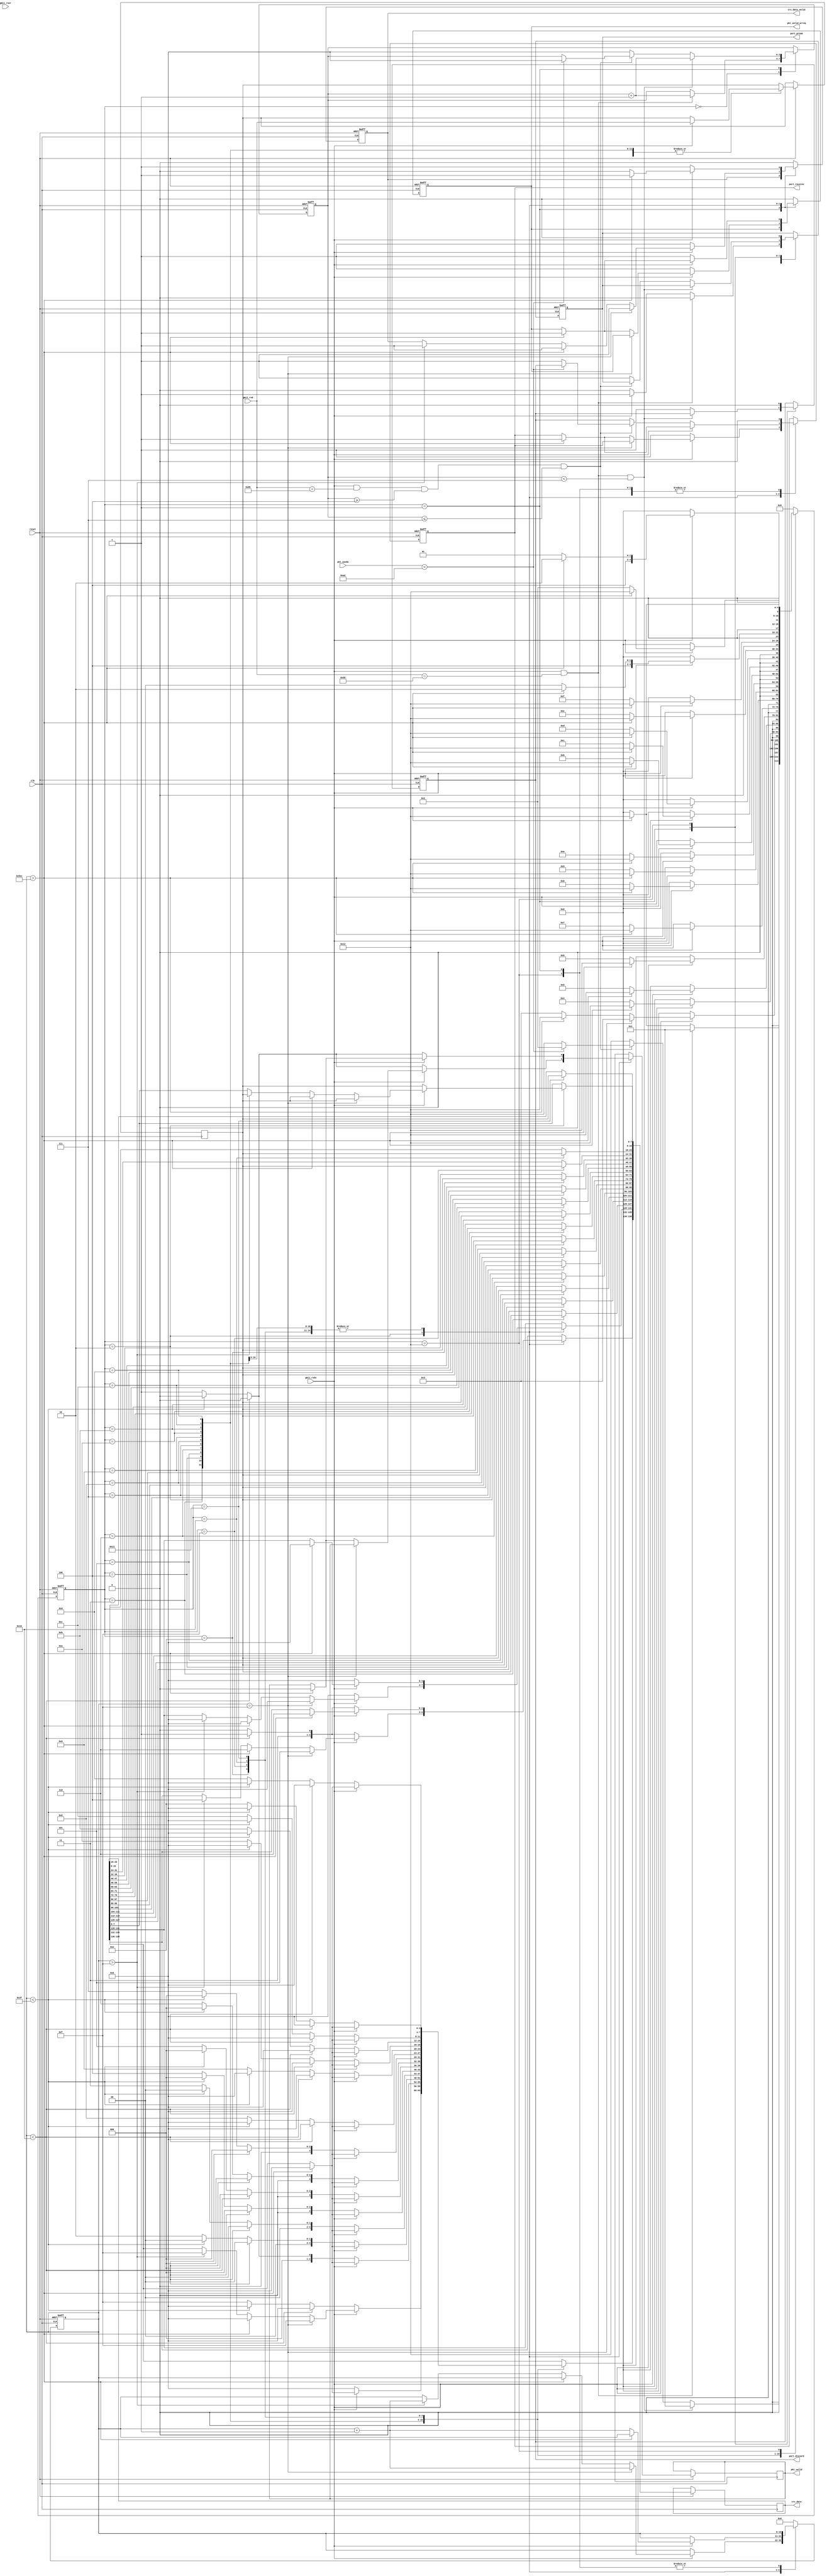
//GMII interface:1 byte to 139bits data,output to crc;
//by jzc 20101020;
`timescale 1ns/1ns
module gmii_139_1000(
   clk,
   reset,
   
   gmii_rxd,
   gmii_rxdv,
   gmii_rxer,
   
   crc_data_valid,
   crc_data,
   pkt_usedw,
   
   pkt_valid_wrreq,
   pkt_valid,
   
   port_receive,
   port_discard,
   port_pream
 );
   input reset;
   input clk;
   input [7:0] gmii_rxd;//from rgmii_gmii module;
   input gmii_rxdv;
   input gmii_rxer;
   
   output crc_data_valid;//to data fifo(crc check module);
   output [138:0] crc_data;
   input [7:0]pkt_usedw;
   
   output port_receive;
   output port_discard;
   output port_pream;
   output pkt_valid_wrreq;//a full pkt,to flag fifo;
   output pkt_valid;//
   
   reg crc_data_valid;
   reg [138:0] crc_data;
   
   reg pkt_valid_wrreq;
   reg pkt_valid;
   reg port_receive;
   reg port_discard;
   reg port_pream;
   
   reg [7:0] data_reg;//GMII
   reg [10:0] counter;//139
   reg [3:0] counter_preamble;//
   
   reg [5:0] current_state;
 parameter idle=6'h0,
           preamble=6'h01,  
           
           byte1=6'h02,
           byte2=6'h03,
           byte3=6'h04,
           byte4=6'h05,
           byte5=6'h06,
           byte6=6'h07,
           byte7=6'h08,
           byte8=6'h09,
           byte9=6'h0a,
           byte10=6'h0b,
           byte11=6'h0c,
           byte12=6'h0d,
           byte13=6'h0e,
           byte14=6'h0f,
           byte15=6'h10,
           byte16=6'h11,
           discard=6'h12;
           

           
 always@(posedge clk or negedge reset) 
   if(!reset)
      begin
          crc_data_valid<=1'b0;
          counter<=11'b0;
          counter_preamble<=4'b0;
          pkt_valid_wrreq<=1'b0;
          port_receive<=1'b0;
          port_discard<=1'b0;
          port_pream<=1'b0;
          
          current_state<=idle;
      end
   else
      begin
          case(current_state)
             idle:
                 begin
                     crc_data_valid<=1'b0;
                     pkt_valid_wrreq<=1'b0;
                     counter<=11'b0;
                     port_pream<=1'b0;
                     port_receive<=1'b0;
                     if((gmii_rxdv==1'b1)&&(gmii_rxd==8'h55))
                         begin
                             counter_preamble<=counter_preamble+1'b1;

                             current_state<=preamble;
                         end
                     else if(gmii_rxdv==1'b1)
                       begin
                         port_pream<=1'b1;
                         current_state<=discard;
                       end
                    else
                       current_state<=idle;
                 end
             preamble:
                 begin
                     port_receive<=1'b0;
                     if((gmii_rxdv==1'b1)&&(gmii_rxd==8'h55)&&(counter_preamble<4'h7))
                       begin
                           counter_preamble<=counter_preamble+1'b1;
                           
                           current_state<=preamble;
                       end
                     else if((gmii_rxdv==1'b1)&&(gmii_rxd==8'hd5)&&(counter_preamble >= 4'h4)&&(counter_preamble<=4'h7))/////gmii_rxd==8'hd5 
                       begin
                         if(pkt_usedw<8'd162)//data fifo can save a full pkt;
                           begin
                             counter_preamble<=4'b0;
                             
                             current_state<=byte1;
                           end
                         else//data fifo can't save a full pkt,so discard;
                          begin
                             port_discard<=1'b1;
                             
                             current_state<=discard;
                          end
                       end
                     else
                       begin
                           counter_preamble<=4'b0;
                           port_pream<=1'b1;
                           
                           current_state<=discard;
                       end
                 end
             byte1:
                 begin
                      if(gmii_rxdv==1'b1)
                        begin
                            data_reg<=gmii_rxd;
                            if(counter==11'd15)//the first 139bits;
                              begin
                                  crc_data_valid<=1'b1;
                                  crc_data[138:136]<=3'b101;
                                  crc_data[135:132]<=4'b1111;
                                  crc_data[131:128]<=4'b0;
                                  crc_data[7:0]<=data_reg;
                                  counter<=counter+1'b1;
                                  
                                  current_state<=byte2;
                              end
                            else if(counter>11'd1516)//long pkt,write tail and discard;
                              begin
                                crc_data_valid<=1'b1;
                                crc_data[7:0]<=data_reg;
                                crc_data[138:136]<=3'b110;
                                crc_data[135:132]<=4'b0;
                                crc_data[131:128]<=4'b0;
                                pkt_valid_wrreq<=1'b1;
                                pkt_valid<=1'b0;
                                port_receive<=1'b1;
                                
                                current_state<=discard;
                              end
                            else if(counter>11'd15)//the middle;
                              begin
                                  crc_data_valid<=1'b1;
                                  crc_data[138:136]<=3'b100;
                                  crc_data[135:132]<=4'b1111;
                                  crc_data[131:128]<=4'b0;
                                  crc_data[7:0]<=data_reg;
                                  counter<=counter+1'b1;
                                  
                                  current_state<=byte2;
                              end
                            else
                              current_state<=byte2;
                        end
                      else//end of pkt;
                        begin
                            crc_data_valid<=1'b1;
                            crc_data[7:0]<=data_reg;
                            if(counter<11'd16)//the short pkt,only one clock data;
                              begin
                                crc_data[138:136]<=3'b111;
                                crc_data[135:132]<=4'b0;
                                crc_data[131:128]<=4'b0;
                                pkt_valid_wrreq<=1'b1;
                                pkt_valid<=1'b0;
                                port_receive<=1'b1;
                              end
                            else if(counter<11'd63)//the short pkt,only one clock data;
                              begin
                                crc_data[138:136]<=3'b110;
                                crc_data[135:132]<=4'b0;
                                crc_data[131:128]<=4'b0;
                                pkt_valid_wrreq<=1'b1;
                                pkt_valid<=1'b0;
                                port_receive<=1'b1;
                              end
                            else//normal pkt;
                              begin
                                crc_data[138:136]<=3'b110;
                                crc_data[135:132]<=4'b1111;
                                crc_data[131:128]<=4'b0;
                                pkt_valid_wrreq<=1'b1;
                                pkt_valid<=1'b1;
                                port_receive<=1'b1;
                              end
                            current_state<=idle;
                        end
                 end//end byte1;
             byte2:
                 begin
                     crc_data_valid<=1'b0;
                     if(gmii_rxdv==1'b1)
                       begin
                           crc_data[127:120]<=data_reg;
                           data_reg<=gmii_rxd;
                           if(counter>11'd1516)//long pkt,write tail and discard;
                              begin
                                crc_data_valid<=1'b1;
                                crc_data[138:136]<=3'b110;
                                crc_data[135:132]<=4'b0;
                                crc_data[131:128]<=4'b0;
                                pkt_valid_wrreq<=1'b1;
                                pkt_valid<=1'b0;
                                port_receive<=1'b1;
                                
                                current_state<=discard;
                              end
                            else
                              begin
                                counter<=counter+1'b1;
                           
                                current_state<=byte3;
                              end
                       end
                     else
                       begin
                           crc_data_valid<=1'b1;
                           crc_data[127:120]<=data_reg;
                           if(counter<11'd16)//the short pkt,only one clock data;
                              begin
                                crc_data[138:136]<=3'b111;
                                crc_data[135:132]<=4'b0;
                                crc_data[131:128]<=4'b0;
                                pkt_valid_wrreq<=1'b1;
                                pkt_valid<=1'b0;
                                port_receive<=1'b1;
                              end
                            else if(counter<11'd63)//the short pkt,only one clock data;
                              begin
                                crc_data[138:136]<=3'b110;
                                crc_data[135:132]<=4'b0;
                                crc_data[131:128]<=4'b0;
                                pkt_valid_wrreq<=1'b1;
                                pkt_valid<=1'b0;
                                port_receive<=1'b1;
                              end
                            else//normal pkt;
                              begin
                                crc_data[138:136]<=3'b110;
                                crc_data[135:132]<=4'b0;
                                crc_data[131:128]<=4'b0;
                                pkt_valid_wrreq<=1'b1;
                                pkt_valid<=1'b1;
                                port_receive<=1'b1;
                              end
                            current_state<=idle;
                       end
                 end//end byte2;  
             byte3:
                 begin
                     crc_data_valid<=1'b0;
                     if(gmii_rxdv==1'b1)
                       begin
                           crc_data[119:112]<=data_reg;
                           data_reg<=gmii_rxd;
                           if(counter>11'd1516)//long pkt,write tail and discard;
                              begin
                                crc_data_valid<=1'b1;
                                crc_data[138:136]<=3'b110;
                                crc_data[135:132]<=4'b0;
                                crc_data[131:128]<=4'b0;
                                pkt_valid_wrreq<=1'b1;
                                pkt_valid<=1'b0;
                                port_receive<=1'b1;
                                current_state<=discard;
                              end
                            else
                              begin
                                counter<=counter+1'b1;
                           
                                current_state<=byte4;
                              end
                       end
                     else
                       begin
                           crc_data_valid<=1'b1;
                           crc_data[119:112]<=data_reg;
                           if(counter<11'd16)//the short pkt,only one clock data;
                              begin
                                crc_data[138:136]<=3'b111;
                                crc_data[135:132]<=4'b0;
                                crc_data[131:128]<=4'b0;
                                pkt_valid_wrreq<=1'b1;
                                pkt_valid<=1'b0;
                                port_receive<=1'b1;
                              end
                           else if(counter<11'd63)//the short pkt,only one clock data;
                              begin
                                crc_data[138:136]<=3'b110;
                                crc_data[135:132]<=4'b0;
                                crc_data[131:128]<=4'b0;
                                pkt_valid_wrreq<=1'b1;
                                pkt_valid<=1'b0;
                                port_receive<=1'b1;
                              end
                            else//normal pkt;
                              begin
                                crc_data[138:136]<=3'b110;
                                crc_data[135:132]<=4'b0001;
                                crc_data[131:128]<=4'b0;
                                pkt_valid_wrreq<=1'b1;
                                pkt_valid<=1'b1;
                                port_receive<=1'b1;
                              end
                            current_state<=idle;
                       end
                 end//end byte3;
             byte4:
                 begin
                     crc_data_valid<=1'b0;
                     if(gmii_rxdv==1'b1)
                       begin
                           crc_data[111:104]<=data_reg;
                           data_reg<=gmii_rxd;
                           if(counter>11'd1516)//long pkt,write tail and discard;
                              begin
                                crc_data_valid<=1'b1;
                                crc_data[138:136]<=3'b110;
                                crc_data[135:132]<=4'b0;
                                crc_data[131:128]<=4'b0;
                                pkt_valid_wrreq<=1'b1;
                                pkt_valid<=1'b0;
                                port_receive<=1'b1;
                                current_state<=discard;
                              end
                            else
                              begin
                                counter<=counter+1'b1;
                           
                                current_state<=byte5;
                              end
                       end
                     else
                       begin
                           crc_data_valid<=1'b1;
                           crc_data[111:104]<=data_reg;
                           if(counter<11'd16)//the short pkt,only one clock data;
                              begin
                                crc_data[138:136]<=3'b111;
                                crc_data[135:132]<=4'b0;
                                crc_data[131:128]<=4'b0;
                                pkt_valid_wrreq<=1'b1;
                                pkt_valid<=1'b0;
                                port_receive<=1'b1;
                              end
                           else if(counter<11'd63)//the short pkt,only one clock data;
                              begin
                                crc_data[138:136]<=3'b110;
                                crc_data[135:132]<=4'b0;
                                crc_data[131:128]<=4'b0;
                                pkt_valid_wrreq<=1'b1;
                                pkt_valid<=1'b0;
                                port_receive<=1'b1;
                              end
                            else//normal pkt;
                              begin
                                crc_data[138:136]<=3'b110;
                                crc_data[135:132]<=4'b0010;
                                crc_data[131:128]<=4'b0;
                                pkt_valid_wrreq<=1'b1;
                                pkt_valid<=1'b1;
                                port_receive<=1'b1;
                              end
                            current_state<=idle;
                       end
                 end//end byte4;
             byte5:
                 begin
                     crc_data_valid<=1'b0;
                     if(gmii_rxdv==1'b1)
                       begin
                           crc_data[103:96]<=data_reg;
                           data_reg<=gmii_rxd;
                           if(counter>11'd1516)//long pkt,write tail and discard;
                              begin
                                crc_data_valid<=1'b1;
                                crc_data[138:136]<=3'b110;
                                crc_data[135:132]<=4'b0;
                                crc_data[131:128]<=4'b0;
                                pkt_valid_wrreq<=1'b1;
                                pkt_valid<=1'b0;
                                port_receive<=1'b1;
                                current_state<=discard;
                              end
                            else
                              begin
                                counter<=counter+1'b1;
                           
                                current_state<=byte6;
                              end
                       end
                     else
                       begin
                           crc_data_valid<=1'b1;
                           crc_data[103:96]<=data_reg;
                           if(counter<11'd16)//the short pkt,only one clock data;
                              begin
                                crc_data[138:136]<=3'b111;
                                crc_data[135:132]<=4'b0;
                                crc_data[131:128]<=4'b0;
                                pkt_valid_wrreq<=1'b1;
                                pkt_valid<=1'b0;
                                port_receive<=1'b1;
                              end
                           else if(counter<11'd63)//the short pkt,only one clock data;
                              begin
                                crc_data[138:136]<=3'b110;
                                crc_data[135:132]<=4'b0;
                                crc_data[131:128]<=4'b0;
                                pkt_valid_wrreq<=1'b1;
                                pkt_valid<=1'b0;
                                port_receive<=1'b1;
                              end
                            else//normal pkt;
                              begin
                                crc_data[138:136]<=3'b110;
                                crc_data[135:132]<=4'b0011;
                                crc_data[131:128]<=4'b0;
                                pkt_valid_wrreq<=1'b1;
                                pkt_valid<=1'b1;
                                port_receive<=1'b1;
                              end
                            current_state<=idle;
                       end
                 end//end byte5;
             byte6:
                 begin
                     crc_data_valid<=1'b0;
                     if(gmii_rxdv==1'b1)
                       begin
                           crc_data[95:88]<=data_reg;
                           data_reg<=gmii_rxd;
                           if(counter>11'd1516)//long pkt,write tail and discard;
                              begin
                                crc_data_valid<=1'b1;
                                crc_data[138:136]<=3'b110;
                                crc_data[135:132]<=4'b0;
                                crc_data[131:128]<=4'b0;
                                pkt_valid_wrreq<=1'b1;
                                pkt_valid<=1'b0;
                                port_receive<=1'b1;
                                current_state<=discard;
                              end
                            else
                              begin
                                counter<=counter+1'b1;
                           
                                current_state<=byte7;
                              end
                       end
                     else
                       begin
                           crc_data_valid<=1'b1;
                           crc_data[95:88]<=data_reg;
                           if(counter<11'd16)//the short pkt,only one clock data;
                              begin
                                crc_data[138:136]<=3'b111;
                                crc_data[135:132]<=4'b0;
                                crc_data[131:128]<=4'b0;
                                pkt_valid_wrreq<=1'b1;
                                pkt_valid<=1'b0;
                                port_receive<=1'b1;
                              end
                           else if(counter<11'd63)//the short pkt,only one clock data;
                              begin
                                crc_data[138:136]<=3'b110;
                                crc_data[135:132]<=4'b0;
                                crc_data[131:128]<=4'b0;
                                pkt_valid_wrreq<=1'b1;
                                pkt_valid<=1'b0;
                                port_receive<=1'b1;
                              end
                            else//normal pkt;
                              begin
                                crc_data[138:136]<=3'b110;
                                crc_data[135:132]<=4'b0100;
                                crc_data[131:128]<=4'b0;
                                pkt_valid_wrreq<=1'b1;
                                pkt_valid<=1'b1;
                                port_receive<=1'b1;
                              end
                            current_state<=idle;
                       end
                 end//end byte6;
             byte7:
                 begin
                     crc_data_valid<=1'b0;
                     if(gmii_rxdv==1'b1)
                       begin
                           crc_data[87:80]<=data_reg;
                           data_reg<=gmii_rxd;
                           if(counter>11'd1516)//long pkt,write tail and discard;
                              begin
                                crc_data_valid<=1'b1;
                                crc_data[138:136]<=3'b110;
                                crc_data[135:132]<=4'b0;
                                crc_data[131:128]<=4'b0;
                                pkt_valid_wrreq<=1'b1;
                                pkt_valid<=1'b0;
                                port_receive<=1'b1;
                                current_state<=discard;
                              end
                            else
                              begin
                                counter<=counter+1'b1;
                           
                                current_state<=byte8;
                              end
                       end
                     else
                       begin
                           crc_data_valid<=1'b1;
                           crc_data[87:80]<=data_reg;
                           if(counter<11'd16)//the short pkt,only one clock data;
                              begin
                                crc_data[138:136]<=3'b111;
                                crc_data[135:132]<=4'b0;
                                crc_data[131:128]<=4'b0;
                                pkt_valid_wrreq<=1'b1;
                                pkt_valid<=1'b0;
                                port_receive<=1'b1;
                              end
                           else if(counter<11'd63)//the short pkt,only one clock data;
                              begin
                                crc_data[138:136]<=3'b110;
                                crc_data[135:132]<=4'b0;
                                crc_data[131:128]<=4'b0;
                                pkt_valid_wrreq<=1'b1;
                                pkt_valid<=1'b0;
                                port_receive<=1'b1;
                              end
                            else//normal pkt;
                              begin
                                crc_data[138:136]<=3'b110;
                                crc_data[135:132]<=4'b0101;
                                crc_data[131:128]<=4'b0;
                                pkt_valid_wrreq<=1'b1;
                                pkt_valid<=1'b1;
                                port_receive<=1'b1;
                              end
                            current_state<=idle;
                       end
                 end//end byte7;
             byte8:
                 begin
                     crc_data_valid<=1'b0;
                     if(gmii_rxdv==1'b1)
                       begin
                           crc_data[79:72]<=data_reg;
                           data_reg<=gmii_rxd;
                           if(counter>11'd1516)//long pkt,write tail and discard;
                              begin
                                crc_data_valid<=1'b1;
                                crc_data[138:136]<=3'b110;
                                crc_data[135:132]<=4'b0;
                                crc_data[131:128]<=4'b0;
                                pkt_valid_wrreq<=1'b1;
                                pkt_valid<=1'b0;
                                port_receive<=1'b1;
                                current_state<=discard;
                              end
                            else
                              begin
                                counter<=counter+1'b1;
                           
                                current_state<=byte9;
                              end
                       end
                     else
                       begin
                           crc_data_valid<=1'b1;
                           crc_data[79:72]<=data_reg;
                           if(counter<11'd16)//the short pkt,only one clock data;
                              begin
                                crc_data[138:136]<=3'b111;
                                crc_data[135:132]<=4'b0;
                                crc_data[131:128]<=4'b0;
                                pkt_valid_wrreq<=1'b1;
                                pkt_valid<=1'b0;
                                port_receive<=1'b1;
                              end
                           else if(counter<11'd63)//the short pkt,only one clock data;
                              begin
                                crc_data[138:136]<=3'b110;
                                crc_data[135:132]<=4'b0;
                                crc_data[131:128]<=4'b0;
                                pkt_valid_wrreq<=1'b1;
                                pkt_valid<=1'b0;
                                port_receive<=1'b1;
                              end
                            else//normal pkt;
                              begin
                                crc_data[138:136]<=3'b110;
                                crc_data[135:132]<=4'b0110;
                                crc_data[131:128]<=4'b0;
                                pkt_valid_wrreq<=1'b1;
                                pkt_valid<=1'b1;
                                port_receive<=1'b1;
                              end
                            current_state<=idle;
                       end
                 end//end byte8;
             byte9:
                 begin
                     crc_data_valid<=1'b0;
                     if(gmii_rxdv==1'b1)
                       begin
                           crc_data[71:64]<=data_reg;
                           data_reg<=gmii_rxd;
                           if(counter>11'd1516)//long pkt,write tail and discard;
                              begin
                                crc_data_valid<=1'b1;
                                crc_data[138:136]<=3'b110;
                                crc_data[135:132]<=4'b0;
                                crc_data[131:128]<=4'b0;
                                pkt_valid_wrreq<=1'b1;
                                pkt_valid<=1'b0;
                                port_receive<=1'b1;
                                current_state<=discard;
                              end
                            else
                              begin
                                counter<=counter+1'b1;
                           
                                current_state<=byte10;
                              end
                       end
                     else
                       begin
                           crc_data_valid<=1'b1;
                           crc_data[71:64]<=data_reg;
                           port_receive<=1'b1;
                           if(counter<11'd16)//the short pkt,only one clock data;
                              begin
                                crc_data[138:136]<=3'b111;
                                crc_data[135:132]<=4'b0;
                                crc_data[131:128]<=4'b0;
                                pkt_valid_wrreq<=1'b1;
                                pkt_valid<=1'b0;
                              end
                           else if(counter<11'd63)//the short pkt,only one clock data;
                              begin
                                crc_data[138:136]<=3'b110;
                                crc_data[135:132]<=4'b0;
                                crc_data[131:128]<=4'b0;
                                pkt_valid_wrreq<=1'b1;
                                pkt_valid<=1'b0;
                              end
                            else//normal pkt;
                              begin
                                crc_data[138:136]<=3'b110;
                                crc_data[135:132]<=4'b0111;
                                crc_data[131:128]<=4'b0;
                                pkt_valid_wrreq<=1'b1;
                                pkt_valid<=1'b1;
                              end
                            current_state<=idle;
                       end
                 end//end byte9;
             byte10:
                 begin
                     crc_data_valid<=1'b0;
                     if(gmii_rxdv==1'b1)
                       begin
                           crc_data[63:56]<=data_reg;
                           data_reg<=gmii_rxd;
                           if(counter>11'd1516)//long pkt,write tail and discard;
                              begin
                                crc_data_valid<=1'b1;
                                crc_data[138:136]<=3'b110;
                                crc_data[135:132]<=4'b0;
                                crc_data[131:128]<=4'b0;
                                pkt_valid_wrreq<=1'b1;
                                pkt_valid<=1'b0;
                                port_receive<=1'b1;
                                current_state<=discard;
                              end
                            else
                              begin
                                counter<=counter+1'b1;
                           
                                current_state<=byte11;
                              end
                       end
                     else
                       begin
                           crc_data_valid<=1'b1;
                           crc_data[63:56]<=data_reg;
                           port_receive<=1'b1;
                           if(counter<11'd16)//the short pkt,only one clock data;
                              begin
                                crc_data[138:136]<=3'b111;
                                crc_data[135:132]<=4'b0;
                                crc_data[131:128]<=4'b0;
                                pkt_valid_wrreq<=1'b1;
                                pkt_valid<=1'b0;
                              end
                           else if(counter<11'd63)//the short pkt,only one clock data;
                              begin
                                crc_data[138:136]<=3'b110;
                                crc_data[135:132]<=4'b0;
                                crc_data[131:128]<=4'b0;
                                pkt_valid_wrreq<=1'b1;
                                pkt_valid<=1'b0;
                              end
                            else//normal pkt;
                              begin
                                crc_data[138:136]<=3'b110;
                                crc_data[135:132]<=4'b1000;
                                crc_data[131:128]<=4'b0;
                                pkt_valid_wrreq<=1'b1;
                                pkt_valid<=1'b1;
                              end
                            current_state<=idle;
                       end
                 end//end byte10;
             byte11:
                 begin
                     crc_data_valid<=1'b0;
                     if(gmii_rxdv==1'b1)
                       begin
                           crc_data[55:48]<=data_reg;
                           data_reg<=gmii_rxd;
                           if(counter>11'd1516)//long pkt,write tail and discard;
                              begin
                                crc_data_valid<=1'b1;
                                crc_data[138:136]<=3'b110;
                                crc_data[135:132]<=4'b0;
                                crc_data[131:128]<=4'b0;
                                pkt_valid_wrreq<=1'b1;
                                pkt_valid<=1'b0;
                                port_receive<=1'b1;
                                current_state<=discard;
                              end
                            else
                              begin
                                counter<=counter+1'b1;
                           
                                current_state<=byte12;
                              end
                       end
                     else
                       begin
                           crc_data_valid<=1'b1;
                           crc_data[55:48]<=data_reg;
                           port_receive<=1'b1;
                           if(counter<11'd16)//the short pkt,only one clock data;
                              begin
                                crc_data[138:136]<=3'b111;
                                crc_data[135:132]<=4'b0;
                                crc_data[131:128]<=4'b0;
                                pkt_valid_wrreq<=1'b1;
                                pkt_valid<=1'b0;
                              end
                           else if(counter<11'd63)//the short pkt,only one clock data;
                              begin
                                crc_data[138:136]<=3'b110;
                                crc_data[135:132]<=4'b0;
                                crc_data[131:128]<=4'b0;
                                pkt_valid_wrreq<=1'b1;
                                pkt_valid<=1'b0;
                              end
                            else//normal pkt;
                              begin
                                crc_data[138:136]<=3'b110;
                                crc_data[135:132]<=4'b1001;
                                crc_data[131:128]<=4'b0;
                                pkt_valid_wrreq<=1'b1;
                                pkt_valid<=1'b1;
                              end
                            current_state<=idle;
                       end
                 end//end byte11;
             byte12:
                 begin
                     crc_data_valid<=1'b0;
                     if(gmii_rxdv==1'b1)
                       begin
                           crc_data[47:40]<=data_reg;
                           data_reg<=gmii_rxd;
                           if(counter>11'd1516)//long pkt,write tail and discard;
                              begin
                                crc_data_valid<=1'b1;
                                crc_data[138:136]<=3'b110;
                                crc_data[135:132]<=4'b0;
                                crc_data[131:128]<=4'b0;
                                pkt_valid_wrreq<=1'b1;
                                pkt_valid<=1'b0;
                                port_receive<=1'b1;
                                current_state<=discard;
                              end
                            else
                              begin
                                counter<=counter+1'b1;
                           
                                current_state<=byte13;
                              end
                       end
                     else
                       begin
                           crc_data_valid<=1'b1;
                           crc_data[47:40]<=data_reg;
                           port_receive<=1'b1;
                           if(counter<11'd16)//the short pkt,only one clock data;
                              begin
                                crc_data[138:136]<=3'b111;
                                crc_data[135:132]<=4'b0;
                                crc_data[131:128]<=4'b0;
                                pkt_valid_wrreq<=1'b1;
                                pkt_valid<=1'b0;
                              end
                           else if(counter<11'd63)//the short pkt,only one clock data;
                              begin
                                crc_data[138:136]<=3'b110;
                                crc_data[135:132]<=4'b0;
                                crc_data[131:128]<=4'b0;
                                pkt_valid_wrreq<=1'b1;
                                pkt_valid<=1'b0;
                              end
                            else//normal pkt;
                              begin
                                crc_data[138:136]<=3'b110;
                                crc_data[135:132]<=4'b1010;
                                crc_data[131:128]<=4'b0;
                                pkt_valid_wrreq<=1'b1;
                                pkt_valid<=1'b1;
                              end
                            current_state<=idle;
                       end
                 end//end byte12;
             byte13:
                 begin
                     crc_data_valid<=1'b0;
                     if(gmii_rxdv==1'b1)
                       begin
                           crc_data[39:32]<=data_reg;
                           data_reg<=gmii_rxd;
                           if(counter>11'd1516)//long pkt,write tail and discard;
                              begin
                                crc_data_valid<=1'b1;
                                crc_data[138:136]<=3'b110;
                                crc_data[135:132]<=4'b0;
                                crc_data[131:128]<=4'b0;
                                pkt_valid_wrreq<=1'b1;
                                pkt_valid<=1'b0;
                                port_receive<=1'b1;
                                current_state<=discard;
                              end
                            else
                              begin
                                counter<=counter+1'b1;
                           
                                current_state<=byte14;
                              end
                       end
                     else
                       begin
                           crc_data_valid<=1'b1;
                           crc_data[39:32]<=data_reg;
                           port_receive<=1'b1;
                           if(counter<11'd16)//the short pkt,only one clock data;
                              begin
                                crc_data[138:136]<=3'b111;
                                crc_data[135:132]<=4'b0;
                                crc_data[131:128]<=4'b0;
                                pkt_valid_wrreq<=1'b1;
                                pkt_valid<=1'b0;
                              end
                           else if(counter<11'd63)//the short pkt,only one clock data;
                              begin
                                crc_data[138:136]<=3'b110;
                                crc_data[135:132]<=4'b0;
                                crc_data[131:128]<=4'b0;
                                pkt_valid_wrreq<=1'b1;
                                pkt_valid<=1'b0;
                              end
                            else//normal pkt;
                              begin
                                crc_data[138:136]<=3'b110;
                                crc_data[135:132]<=4'b1011;
                                crc_data[131:128]<=4'b0;
                                pkt_valid_wrreq<=1'b1;
                                pkt_valid<=1'b1;
                              end
                            current_state<=idle;
                       end
                 end//end byte13;
             byte14:
                 begin
                     crc_data_valid<=1'b0;
                     if(gmii_rxdv==1'b1)
                       begin
                           crc_data[31:24]<=data_reg;
                           data_reg<=gmii_rxd;
                           if(counter>11'd1516)//long pkt,write tail and discard;
                              begin
                                crc_data_valid<=1'b1;
                                crc_data[138:136]<=3'b110;
                                crc_data[135:132]<=4'b0;
                                crc_data[131:128]<=4'b0;
                                pkt_valid_wrreq<=1'b1;
                                pkt_valid<=1'b0;
                                port_receive<=1'b1;
                                current_state<=discard;
                              end
                            else
                              begin
                                counter<=counter+1'b1;
                           
                                current_state<=byte15;
                              end
                       end
                     else
                       begin
                           crc_data_valid<=1'b1;
                           crc_data[31:24]<=data_reg;
                           port_receive<=1'b1;
                           if(counter<11'd16)//the short pkt,only one clock data;
                              begin
                                crc_data[138:136]<=3'b111;
                                crc_data[135:132]<=4'b0;
                                crc_data[131:128]<=4'b0;
                                pkt_valid_wrreq<=1'b1;
                                pkt_valid<=1'b0;
                              end
                           else if(counter<11'd63)//the short pkt,only one clock data;
                              begin
                                crc_data[138:136]<=3'b110;
                                crc_data[135:132]<=4'b0;
                                crc_data[131:128]<=4'b0;
                                pkt_valid_wrreq<=1'b1;
                                pkt_valid<=1'b0;
                              end
                            else//normal pkt;
                              begin
                                crc_data[138:136]<=3'b110;
                                crc_data[135:132]<=4'b1100;
                                crc_data[131:128]<=4'b0;
                                pkt_valid_wrreq<=1'b1;
                                pkt_valid<=1'b1;
                              end
                            current_state<=idle;
                       end
                 end//end byte14;
             byte15:
                 begin
                     crc_data_valid<=1'b0;
                     if(gmii_rxdv==1'b1)
                       begin
                           crc_data[23:16]<=data_reg;
                           data_reg<=gmii_rxd;
                           if(counter>11'd1516)//long pkt,write tail and discard;
                              begin
                                crc_data_valid<=1'b1;
                                crc_data[138:136]<=3'b110;
                                crc_data[135:132]<=4'b0;
                                crc_data[131:128]<=4'b0;
                                pkt_valid_wrreq<=1'b1;
                                pkt_valid<=1'b0;
                                port_receive<=1'b1;
                                current_state<=discard;
                              end
                            else
                              begin
                                counter<=counter+1'b1;
                           
                                current_state<=byte16;
                              end
                       end
                     else
                       begin
                           crc_data_valid<=1'b1;
                           crc_data[23:16]<=data_reg;
                           port_receive<=1'b1;
                           if(counter<11'd16)//the short pkt,only one clock data;
                              begin
                                crc_data[138:136]<=3'b111;
                                crc_data[135:132]<=4'b0;
                                crc_data[131:128]<=4'b0;
                                pkt_valid_wrreq<=1'b1;
                                pkt_valid<=1'b0;
                              end
                           else if(counter<11'd63)//the short pkt,only one clock data;
                              begin
                                crc_data[138:136]<=3'b110;
                                crc_data[135:132]<=4'b0;
                                crc_data[131:128]<=4'b0;
                                pkt_valid_wrreq<=1'b1;
                                pkt_valid<=1'b0;
                              end
                            else//normal pkt;
                              begin
                                crc_data[138:136]<=3'b110;
                                crc_data[135:132]<=4'b1101;
                                crc_data[131:128]<=4'b0;
                                pkt_valid_wrreq<=1'b1;
                                pkt_valid<=1'b1;
                              end
                            current_state<=idle;
                       end
                 end//end byte15;
             byte16:
                 begin
                     crc_data_valid<=1'b0;
                     if(gmii_rxdv==1'b1)
                       begin
                           crc_data[15:8]<=data_reg;
                           data_reg<=gmii_rxd;
                           if(counter>11'd1516)//long pkt,write tail and discard;
                              begin
                                crc_data_valid<=1'b1;
                                crc_data[138:136]<=3'b110;
                                crc_data[135:132]<=4'b0;
                                crc_data[131:128]<=4'b0;
                                pkt_valid_wrreq<=1'b1;
                                pkt_valid<=1'b0;
                                port_receive<=1'b1;
                                current_state<=discard;
                              end
                            else
                              begin
                                counter<=counter+1'b1;
                           
                                current_state<=byte1;
                              end
                       end
                     else
                       begin
                           crc_data_valid<=1'b1;
                           crc_data[15:8]<=data_reg;
                           port_receive<=1'b1;
                           if(counter<11'd16)//the short pkt,only one clock data;
                              begin
                                crc_data[138:136]<=3'b111;
                                crc_data[135:132]<=4'b0;
                                crc_data[131:128]<=4'b0;
                                pkt_valid_wrreq<=1'b1;
                                pkt_valid<=1'b0;
                              end
                           else if(counter<11'd63)//the short pkt,only one clock data;
                              begin
                                crc_data[138:136]<=3'b110;
                                crc_data[135:132]<=4'b0;
                                crc_data[131:128]<=4'b0;
                                pkt_valid_wrreq<=1'b1;
                                pkt_valid<=1'b0;
                              end
                            else//normal pkt;
                              begin
                                crc_data[138:136]<=3'b110;
                                crc_data[135:132]<=4'b1110;
                                crc_data[131:128]<=4'b0;
                                pkt_valid_wrreq<=1'b1;
                                pkt_valid<=1'b1;
                              end
                            current_state<=idle;
                       end
                 end//end byte16;
             discard:
                 begin
                     port_discard<=1'b0;
                     port_receive<=1'b0;
                     port_pream<=1'b0;
                     crc_data_valid<=1'b0;
                     pkt_valid_wrreq<=1'b0;
                     if(gmii_rxdv==1'b1)
                       current_state<=discard;
                     else
                       current_state<=idle;
                 end
 
             default:
                 begin
                     crc_data_valid<=1'b0;
                     pkt_valid_wrreq<=1'b0;
                     counter<=11'b0;
                     
                     current_state<=idle;
                 end
         endcase
      end
endmodule